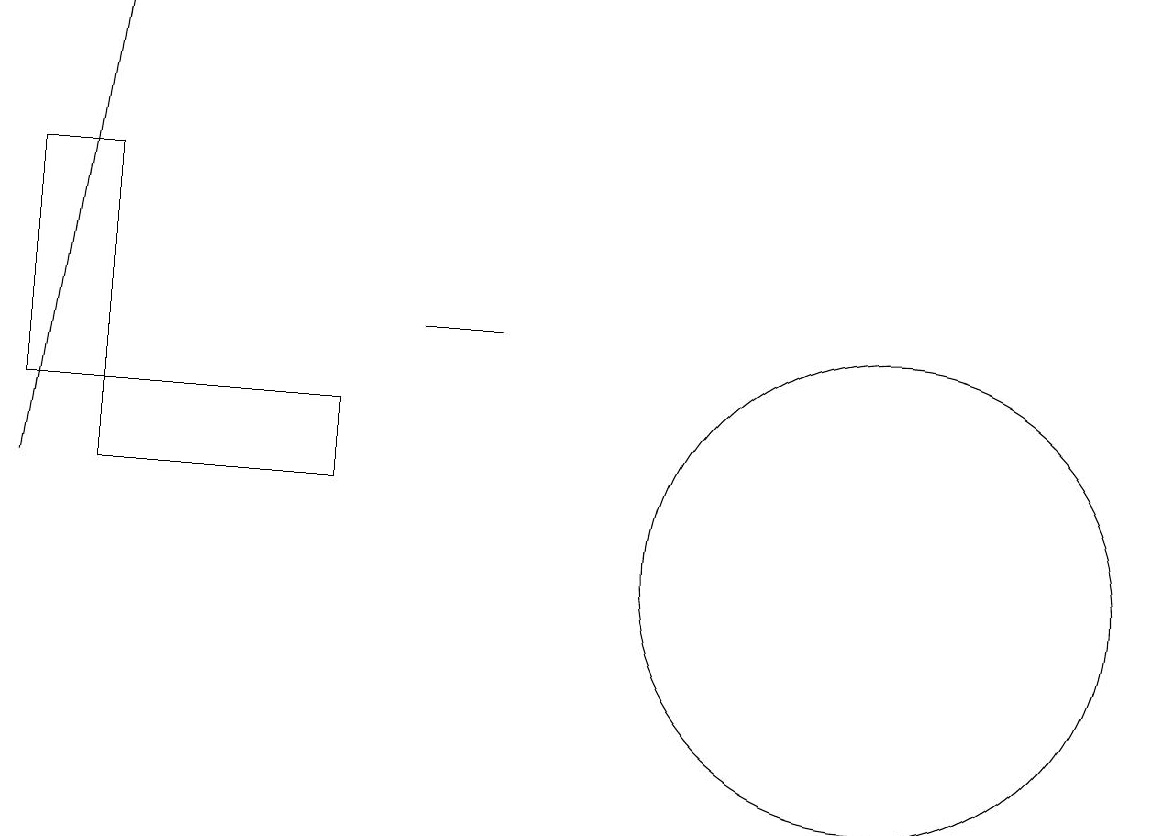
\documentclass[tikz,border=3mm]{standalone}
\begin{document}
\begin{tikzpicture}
\draw (1,15) rectangle (0,12);
\draw[->] (0,11) -- (1,17);
\draw (6,13) rectangle (5,13);
\draw (11,10) circle (3);
\draw (4,12) rectangle (1,11);
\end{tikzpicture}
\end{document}